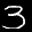
Label: 3